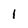
Character: 1